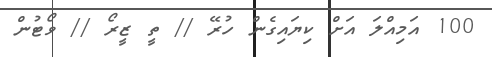
100 އަމިއްލަ އަށް ކިޔައިގެން ހުރޭ // ތީ ޒީރޯ // ވޯޓުން